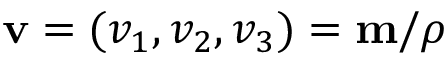
\mathbf { v } = ( v _ { 1 } , v _ { 2 } , v _ { 3 } ) = \mathbf { m } / \rho